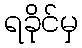
ရခိုင်မှ